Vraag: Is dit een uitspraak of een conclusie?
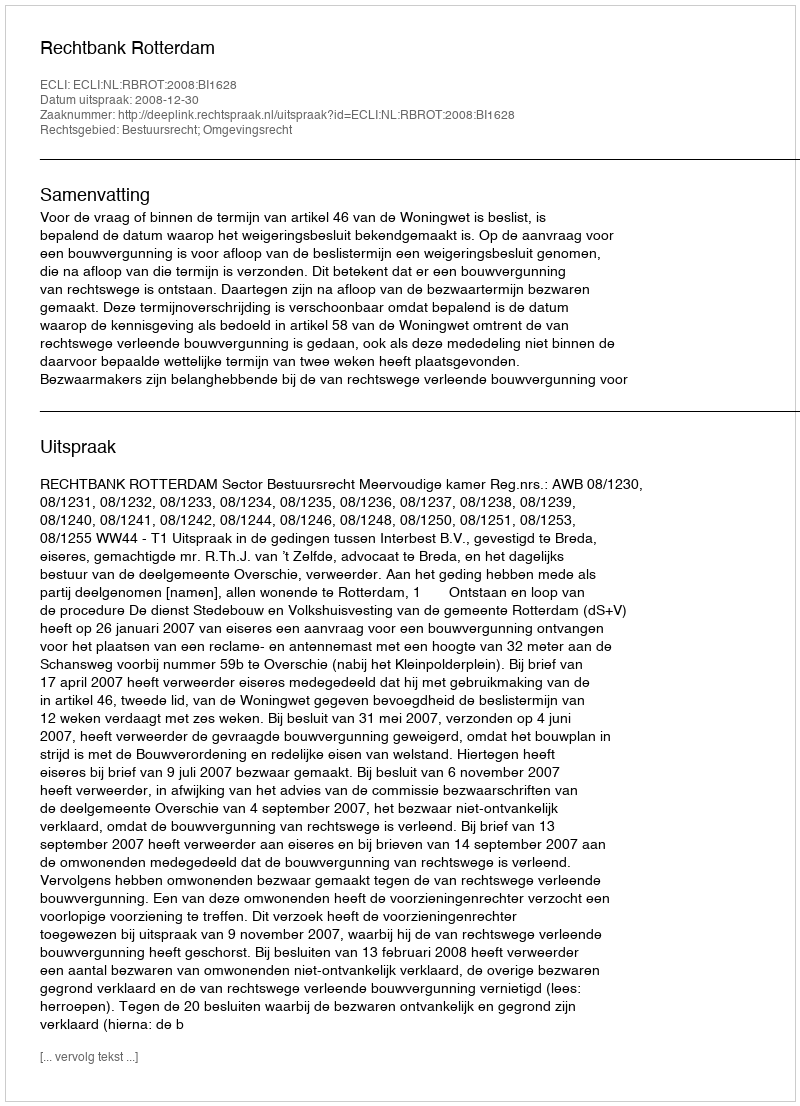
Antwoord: Uitspraak